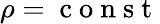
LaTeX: \rho=\mathrm{~c~o~n~s~t~}